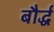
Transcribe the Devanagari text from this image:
बौर्द्ध